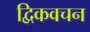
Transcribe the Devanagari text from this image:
द्विकवचन